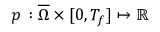
p \, : \overline { { \Omega } } \times [ 0 , T _ { f } ] \mapsto \mathbb { R }